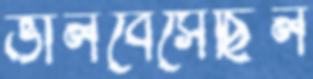
ভালবেসেছিল